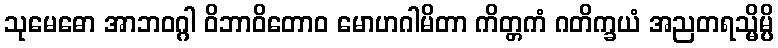
သုမေဓော အာဘဝဂ္ဂါ ဝိဘာဝိတောဝ မောဟဂါမိတာ ကိတ္တကံ ဂတိက္ခယံ အညတရသ္မိမ္ပိ